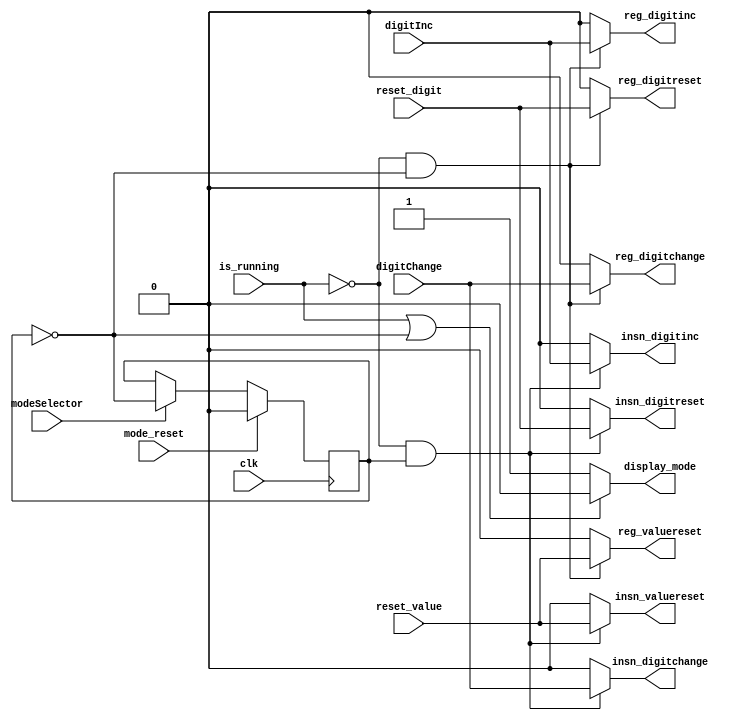
/////////////////////////
// ui selector - are we editing the registers or the instructions

module EditModeSelector( clk, modeSelector, digitChange, digitInc, reset_digit, reset_value, is_running, mode_reset,
                         display_mode, 
                         reg_digitchange, reg_digitinc, reg_digitreset, reg_valuereset,
								 insn_digitchange, insn_digitinc, insn_digitreset, insn_valuereset );
								
input clk;
input modeSelector;
input digitChange;
input digitInc;
input reset_digit;
input reset_value;
input is_running;
input mode_reset;
output display_mode;

output reg_digitchange, reg_digitinc, reg_digitreset, reg_valuereset;
output insn_digitchange, insn_digitinc, insn_digitreset, insn_valuereset;

reg editMode;  // 0 = reg, 1 = insn

always @(posedge clk )
  if(mode_reset)
    editMode <= 0;
  else if(modeSelector)
   editMode <= ~ editMode;

assign display_mode = (is_running == 1 || editMode == 0 ) ? 1'h0 : 1'h1;
assign reg_digitchange = (is_running == 0 && editMode == 0) ? digitChange : 1'h0;
assign reg_digitinc    = (is_running == 0 && editMode == 0) ? digitInc    : 1'h0;
assign reg_digitreset  = (is_running == 0 && editMode == 0) ? reset_digit : 1'h0;
assign reg_valuereset  = (is_running == 0 && editMode == 0) ? reset_value : 1'h0;

assign insn_digitchange = (is_running == 0 && editMode == 1) ? digitChange : 1'h0;
assign insn_digitinc    = (is_running == 0 && editMode == 1) ? digitInc    : 1'h0;
assign insn_digitreset  = (is_running == 0 && editMode == 1) ? reset_digit : 1'h0;
assign insn_valuereset  = (is_running == 0 && editMode == 1) ? reset_value : 1'h0;

endmodule